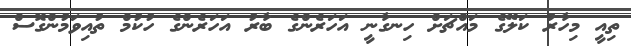
ތިއީ މިހާރު ކަލޭގެ މައްޗަށް ހިނގާނީ އަހަރެންގެ ބާރު އަހަރެންގެ ހުކުމް ތުއިވަމުންގޮސް